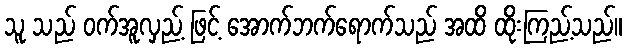
သူ သည် ဝက်အူလှည့် ဖြင့် အောက်ဘက်ရောက်သည် အထိ ထိုးကြည့်သည်။